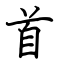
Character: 首